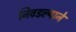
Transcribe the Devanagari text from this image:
निवडल्याने